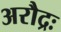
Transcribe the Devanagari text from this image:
अरौद्रः